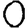
Digit: 0